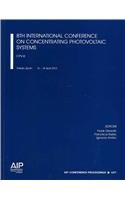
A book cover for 8th International Conference on Concentrating Photovoltaic Systems (AIP Conference Proceedings); Science & Math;